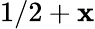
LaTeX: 1/2+\mathbf{x}